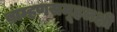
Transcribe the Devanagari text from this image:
ब्राम्हणसमूहलक्षी